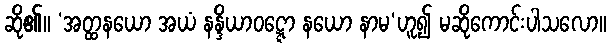
ဆို၏။ ‘အတ္ထနယော အယံ နန္ဒိယာဝဋ္ဋော နယော နာမ’ဟူ၍ မဆိုကောင်းပါသလော။